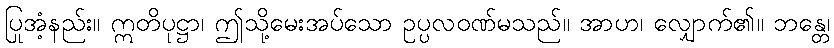
ပြုအံ့နည်း။ ဣတိပုဋ္ဌာ၊ ဤသို့မေးအပ်သော ဥပ္ပလဝဏ်မသည်။ အာဟ၊ လျှောက်၏။ ဘန္တေ၊